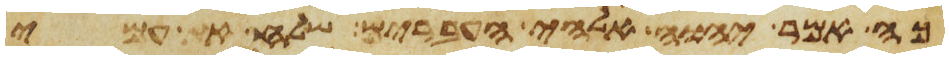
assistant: כה אמר יהוה אלהי העברים שלח את עמי